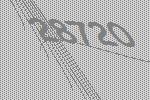
28720